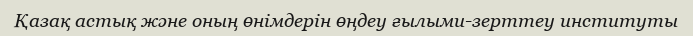
Қазақ астық және оның өнімдерін өңдеу ғылыми-зерттеу институты